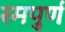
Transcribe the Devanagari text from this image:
स्मपुर्ण